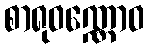
စာရုဝဏ္ဏောဝ